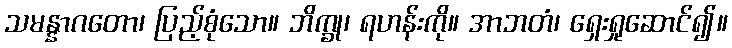
သမန္နာဂတော၊ ပြည့်စုံသော။ ဘိက္ခု၊ ရဟန်းကို။ အာဘတံ၊ ရှေးရှုဆောင်၍။